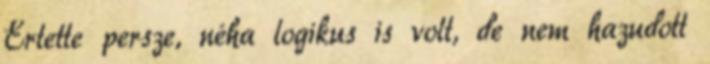
Értette persze, néha logikus is volt, de nem hazudott